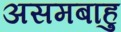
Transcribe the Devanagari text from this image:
असमबाहु